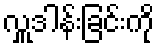
လှူဒါန်းခြင်းကို